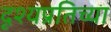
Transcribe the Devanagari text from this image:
दृश्यप्रतिच्या